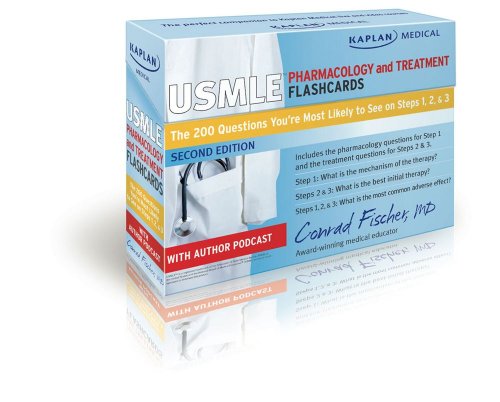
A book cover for Kaplan Medical USMLE Pharmacology and Treatment Flashcards: The 200 Questions You're Most Likely to See on Steps 1, 2 & 3 (cards); Conrad Fischer MD; Test Preparation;